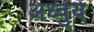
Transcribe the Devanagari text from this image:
अध्वुर्य